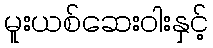
မူးယစ်ဆေးဝါးနှင့်